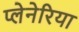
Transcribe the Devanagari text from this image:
प्लेनेरिया